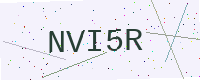
Text: NVI5R